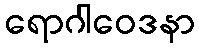
ရောဂါဝေဒနာ